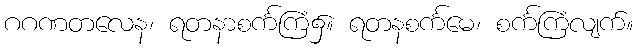
ဂဂဏတလေန၊ ရတနာစင်္ကကြံ၌။ ရတနစင်္ကမေ၊ စင်္ကကြံလျက်။